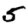
Digit: 5